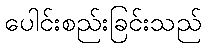
ပေါင်းစည်းခြင်းသည်